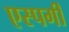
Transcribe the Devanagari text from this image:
एस्पर्गी